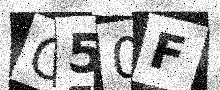
Text: C50F